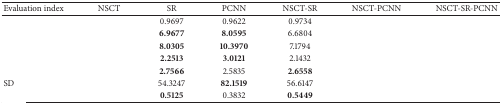
<table><thead><tr><td><b>Evaluation index</b></td><td><b>NSCT</b></td><td><b>SR</b></td><td><b>PCNN</b></td><td><b>NSCT-SR</b></td><td><b>NSCT-PCNN</b></td><td><b>NSCT-SR-PCNN</b></td></tr></thead><tbody><tr><td>[EMPTY_CELL]</td><td>[EMPTY_CELL]</td><td>0.9697</td><td>0.9622</td><td>0.9734</td><td>[EMPTY_CELL]</td><td>[EMPTY_CELL]</td></tr><tr><td>[EMPTY_CELL]</td><td>[EMPTY_CELL]</td><td><b>6.9677</b></td><td><b>8.0595</b></td><td>6.6804</td><td>[EMPTY_CELL]</td><td>[EMPTY_CELL]</td></tr><tr><td>[EMPTY_CELL]</td><td>[EMPTY_CELL]</td><td><b>8.0305</b></td><td><b>10.3970</b></td><td>7.1794</td><td>[EMPTY_CELL]</td><td>[EMPTY_CELL]</td></tr><tr><td>[EMPTY_CELL]</td><td>[EMPTY_CELL]</td><td><b>2.2513</b></td><td><b>3.0121</b></td><td>2.1432</td><td>[EMPTY_CELL]</td><td>[EMPTY_CELL]</td></tr><tr><td>[EMPTY_CELL]</td><td>[EMPTY_CELL]</td><td><b>2.7566</b></td><td>2.5835</td><td><b>2.6558</b></td><td>[EMPTY_CELL]</td><td>[EMPTY_CELL]</td></tr><tr><td>SD</td><td>[EMPTY_CELL]</td><td>54.3247</td><td><b>82.1519</b></td><td>56.6147</td><td>[EMPTY_CELL]</td><td>[EMPTY_CELL]</td></tr><tr><td>[EMPTY_CELL]</td><td>[EMPTY_CELL]</td><td><b>0.5125</b></td><td>0.3832</td><td><b>0.5449</b></td><td>[EMPTY_CELL]</td><td>[EMPTY_CELL]</td></tr></tbody></table>